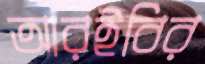
আরইবির